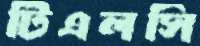
টিএলসি